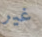
غير